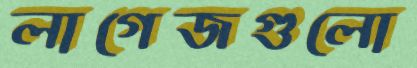
লাগেজগুলো